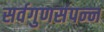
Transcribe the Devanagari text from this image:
सर्वगुणसंपन्‍न